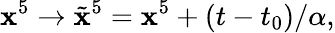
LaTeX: \mathbf{x}^{5}\to\tilde{{\mathbf{x}}}^{5}=\mathbf{x}^{5}+(t-t_{0})/\alpha,